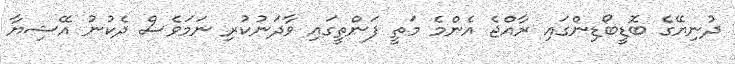
ދުނިޔޭގެ ބޮޑީބޯޑިންގައި ރާއްޖެ އެންމެ މަތީ ފަންތީގައި ވާދަނުކުރި ނަމަވެސް ދެކުނު އޭޝިޔާ